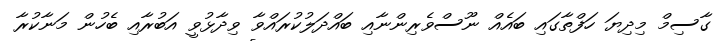
ގާސިމް މިދިޔަ ހަފްތާގައި ބައެއް ނޫސްވެރިންނާއި ބައްދަލުކުރައްވާ ވިދާޅުވީ އަބުރާއި ބެހުން މަނާކުރާ